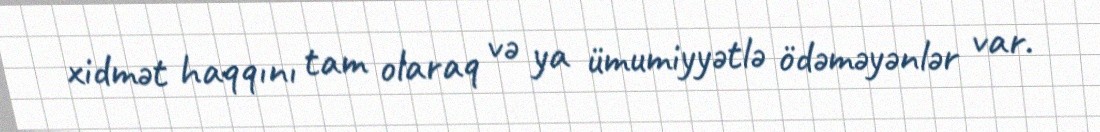
xidmət haqqını tam olaraq və ya ümumiyyətlə ödəməyənlər var.